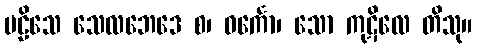
ဗဠိသေ သေလဘေဒေ စ၊ ဝင်္ကော၊ သော ကုဋိလေ တိသု။